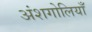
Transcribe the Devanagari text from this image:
अंशगोलियाँ